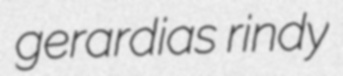
gerardias rindy